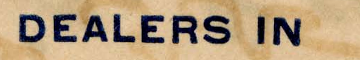
DEALERS IN